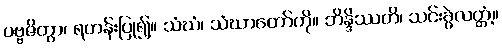
ပဗ္ဗဇိတွာ၊ ရဟန်းပြု၍။ သံဃံ၊ သံဃာတော်ကို။ ဘိန္ဒိဿတိ၊ သင်းခွဲလတ္တံ့။